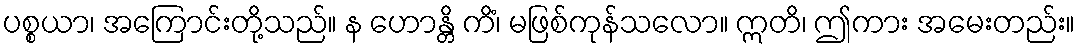
ပစ္စယာ၊ အကြောင်းတို့သည်။ န ဟောန္တိ ကိံ၊ မဖြစ်ကုန်သလော။ ဣတိ၊ ဤကား အမေးတည်း။